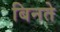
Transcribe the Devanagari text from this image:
बिनते